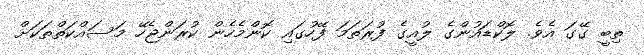
ތިބީ ގޭގަ އެވެ. ލޮކްޑައުންގެ ލުއީގެ ފުރަތަަމަ ފޭހުގައި ކޮންމެހެން ކުރަންޖެހޭ މަސައްކަތްތަކަށް